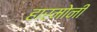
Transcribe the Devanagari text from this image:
हारमोनी